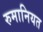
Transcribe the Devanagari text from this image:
रुमानियत